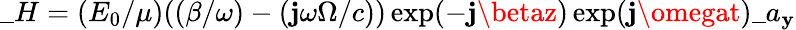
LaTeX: \_ H=(E_{0}/\mu)((\beta/\omega)-(\mathbf{j}\omega\Omega/c))\exp(-\mathbf{j}\betaz)\exp(\mathbf{j}\omegat)\_ a_{\mathbf{y}}